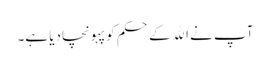
آپ نے الله کے حکم کو پہونچادیا ہے۔